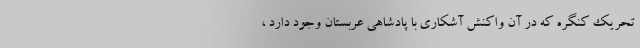
تحریک کنگره که در آن واکنش آشکاری با پادشاهی عربستان وجود دارد ،